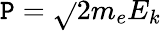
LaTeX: \mathtt{P}={\sqrt{}{{2m_{e}E_{k}}}}